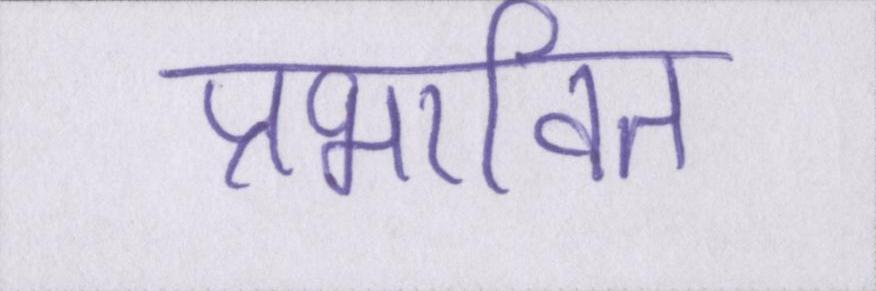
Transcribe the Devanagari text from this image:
प्रभावित